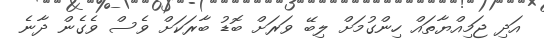
އަދި ޖަމިއްޔާތައް ހިންގުމަށް ލިބޭ ވަރަށް ބޮޑު ބާރަކަށް ވެސް ވެގެން ދާނެ